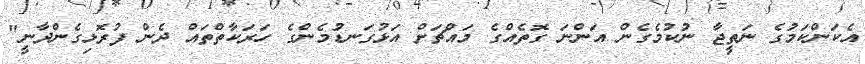
އެކަންކަމުގެ ނަތީޖާ ނުކުމެގެން އަންނަ ގޮތެއްގެ މައްޗަށް އަޅުގަނޑުމެންގެ ހަރަކާތްތައް ދެން ފުރޮޅިގެންދާނީ"